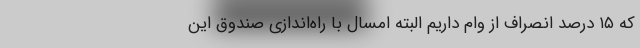
که ۱۵ درصد انصراف از وام داریم البته امسال با راه‌اندازی صندوق این